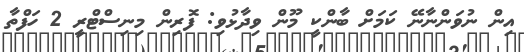
އިން ނުވަންނާނޭ ކަމަށް ބާންކީ މޫން ވިދާޅުވި: ފޮރިން މިނިސްޓްރީ 2 ހަފްތާ